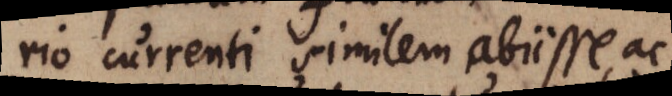
rio currenti similem abiisse, ac